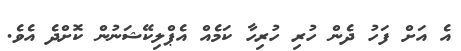
އެ އަށް ފަހު ދެން ހުރި ހުރިހާ ކަމެއް އެޕްލިކޭޝަނުން ކޮށްދެ އެވެ.